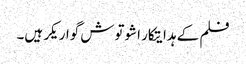
فلم کے ہدایتکار اشوتوش گواریکر ہیں۔